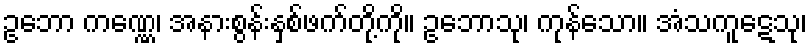
ဥဘော ကဏ္ဏေ၊ အနားစွန်းနှစ်ဖက်တို့ကို။ ဥဘောသု၊ ကုန်သော။ အံသကူဋေသု၊